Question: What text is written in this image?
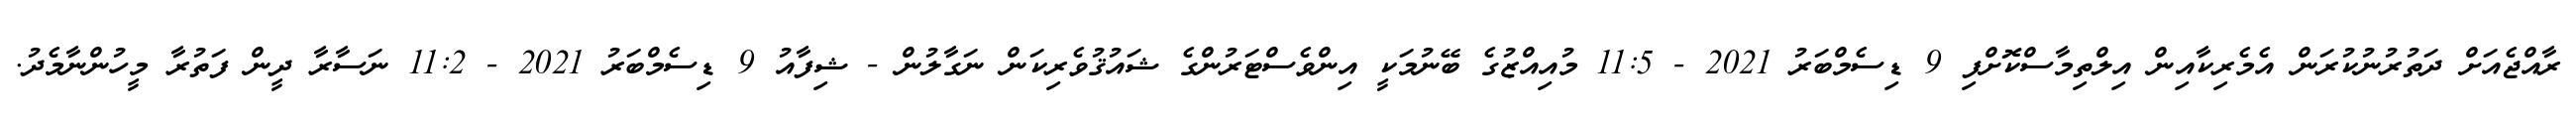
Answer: ރާއްޖެއަށް ދަތުރުނުކުރަން އެމެރިކާއިން އިލްތިމާސްކޮށްފި 9 ޑިސެމްބަރު 2021 - 11:5 މުއިއްޒުގެ ބޭނުމަކީ އިންވެސްޓަރުންގެ ޝައުޤުވެރިކަން ނަގާލުން - ޝިފާއު 9 ޑިސެމްބަރު 2021 - 11:2 ނަސާރާ ދީން ފަތުރާ މީހުންނާމެދު.